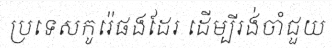
ប្រទេសកូរ៉េផងដែរ ដើម្បីរង់ចាំជួយ